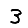
Digit: 3